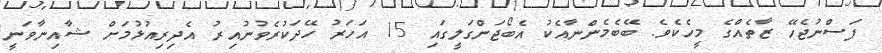
ފަސްނުޖެހޭ ޒާތެއްގެ މީހެކެވެ. ބޭބެމެންނާއެކު އެބޯޖަންގަލީގައި 15 އަހަރު ހޭދަކުރެވުނުއިރު އެދިރިއުޅުމަށް ޝާއިނާވަނީ